Elephants and their diseases
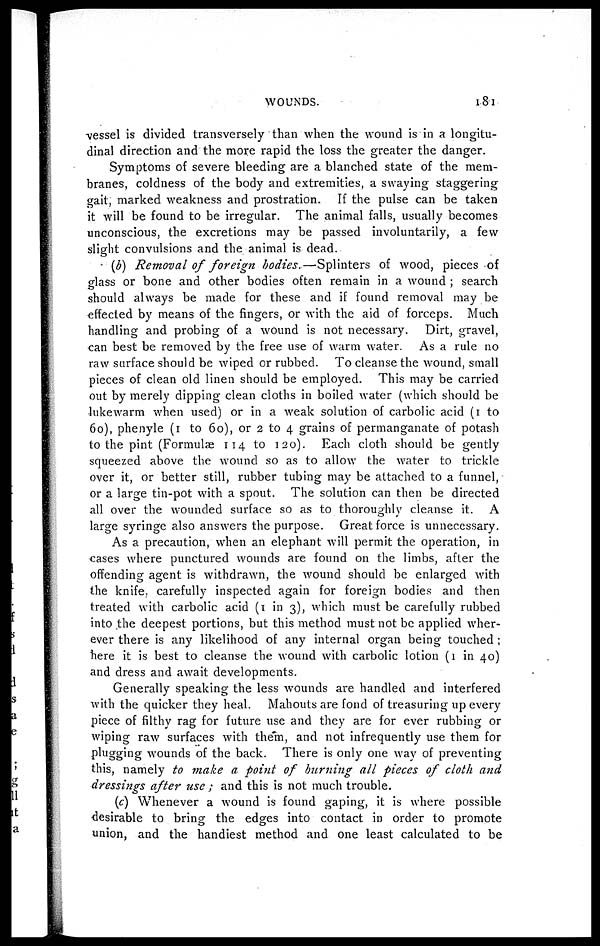
WOUNDS.
181
vessel is divided transversely than when the wound is in a longitu-
dinal direction and the more rapid the loss the greater the danger.
Symptoms of severe bleeding are a blanched state of the mem-
branes, coldness of the body and extremities, a swaying staggering
gait, marked weakness and prostration. If the pulse can be taken
it will be found to be irregular. The animal falls, usually becomes
unconscious, the excretions may be passed involuntarily, a few
slight convulsions and the animal is dead.
(b) Removal of foreign bodies.—Splinters
of wood, pieces of
glass or bone and other bodies often remain in a wound; search
should always be made for these and if found removal may be
effected by means of the fingers, or with the aid of forceps. Much
handling and probing of a wound is not necessary. Dirt, gravel,
can best be removed by the free use of warm water. As a rule no
raw surface should be wiped or rubbed. To cleanse the wound, small
pieces of clean old linen should be employed. This may be carried
out by merely dipping clean cloths in boiled water (which should be
lukewarm when used) or in a weak solution of carbolic acid (1 to
60), phenyle (1 to 60), or 2 to 4 grains of permanganate of potash
to the pint (Formulæ 114 to 120). Each cloth should be gently
squeezed above the wound so as to allow the water to trickle
over it, or better still, rubber tubing may be attached to a funnel,
or a large tin-pot with a spout. The solution can then be directed
all over the wounded surface so as to thoroughly cleanse it. A
large syringe also answers the purpose. Great force is unnecessary.
As a precaution, when an elephant will permit the operation, in
cases where punctured wounds are found on the limbs, after the
offending agent is withdrawn, the wound should be enlarged with
the knife, carefully inspected again for foreign bodies and then
treated with carbolic acid (1 in 3), which must be carefully rubbed
into the deepest portions, but this method must not be applied wher-
ever there is any likelihood of any internal organ being touched ;
here it is best to cleanse the wound with carbolic lotion (1 in 40)
and dress and await developments.
Generally speaking the less wounds are handled and interfered
with the quicker they heal. Mahouts are fond of treasuring up every
piece of filthy rag for future use and they are for ever rubbing or
wiping raw surfaces with them, and not infrequently use them for
plugging wounds of the back. There is only one way of preventing
this, namely to make a point of burning all pieces of cloth and
dressings after use ; and this is not much trouble.
(c) Whenever a wound is found gaping, it is where possible
desirable to bring the edges into contact in order to promote
union, and the handiest method and one least calculated to be